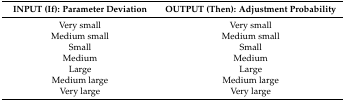
<table><thead><tr><td><b>INPUT (If): Parameter Deviation</b></td><td><b>OUTPUT (Then): Adjustment Probability</b></td></tr></thead><tbody><tr><td>Very small</td><td>Very small</td></tr><tr><td>Medium small</td><td>Medium small</td></tr><tr><td>Small</td><td>Small</td></tr><tr><td>Medium</td><td>Medium</td></tr><tr><td>Large</td><td>Large</td></tr><tr><td>Medium large</td><td>Medium large</td></tr><tr><td>Very large</td><td>Very large</td></tr></tbody></table>